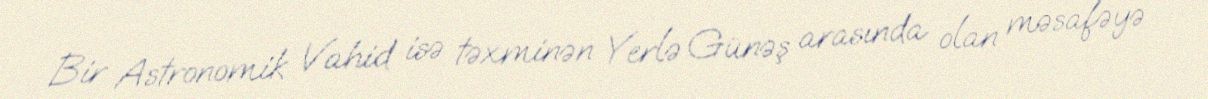
Bir Astronomik Vahid isə təxminən Yerlə Günəş arasında olan məsafəyə